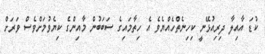
ކުޑަ އާއިލާ ދިރިއުޅޭނީ ކިހިނެތްހެއްޔެވެ އެ ހިތާމައިގެ ސަބަބުން މާއިންގެ ކިޔެވުމަށްވެސް ވަރަށް